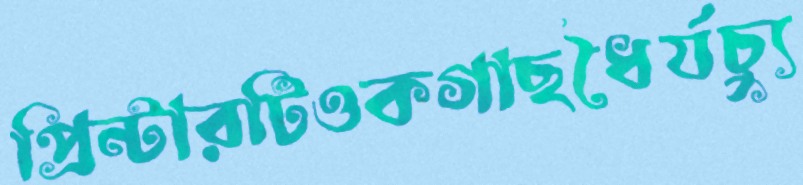
প্রিন্টারটিওকগাছধৈর্যচ্যু